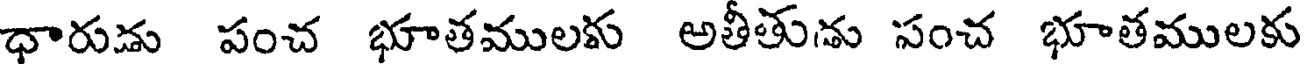
ధారుడు పంచ భూతములకు అతీతుడు సంచ భూతములకు